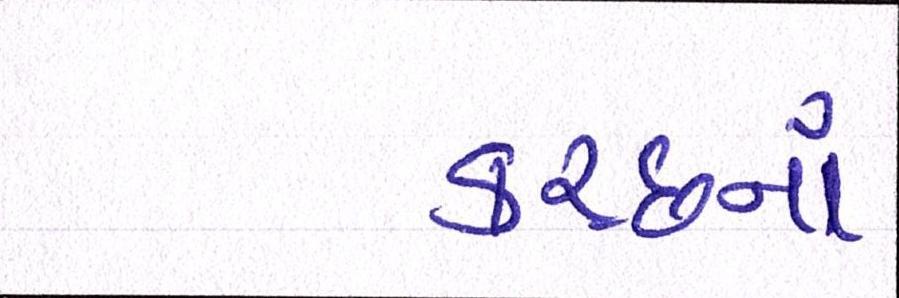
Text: કચ્છનાં